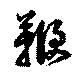
鞭